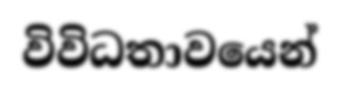
විවිධතාවයෙන්